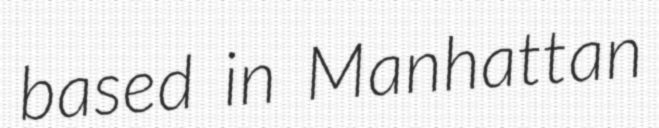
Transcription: based in Manhattan